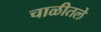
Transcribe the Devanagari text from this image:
चाळीतले